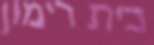
בית רימון